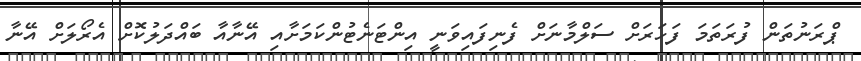
ޕްރަނުތަން ފުރަތަމަ ފަހަރަށް ސަލްމާނަށް ފެނިފައިވަނީ އިންޓަނެޓުންކަމަށާއި އޭނާއާ ބައްދަލުކޮށް އެރޯލަށް އޭނާ